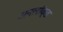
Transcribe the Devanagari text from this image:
अनलॉक्ड